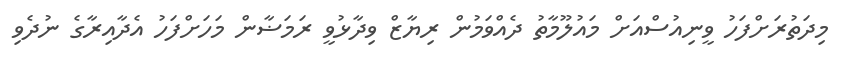
މިދަތުރަށްފަހު ވީނިއުސްއަށް މައުލޫމާތު ދެއްވަމުން ރިޔާޒް ވިދާޅުވީ ރަމަޟާން މަހަށްފަހު އެދާއިރާގެ ނުދެވި